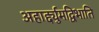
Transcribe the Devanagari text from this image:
अहार्द्द्युमद्विभाति